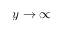
y \rightarrow \infty